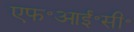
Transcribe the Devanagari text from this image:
एफ॰आई॰सी॰